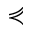
\curlyeqprec